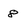
Character: 8